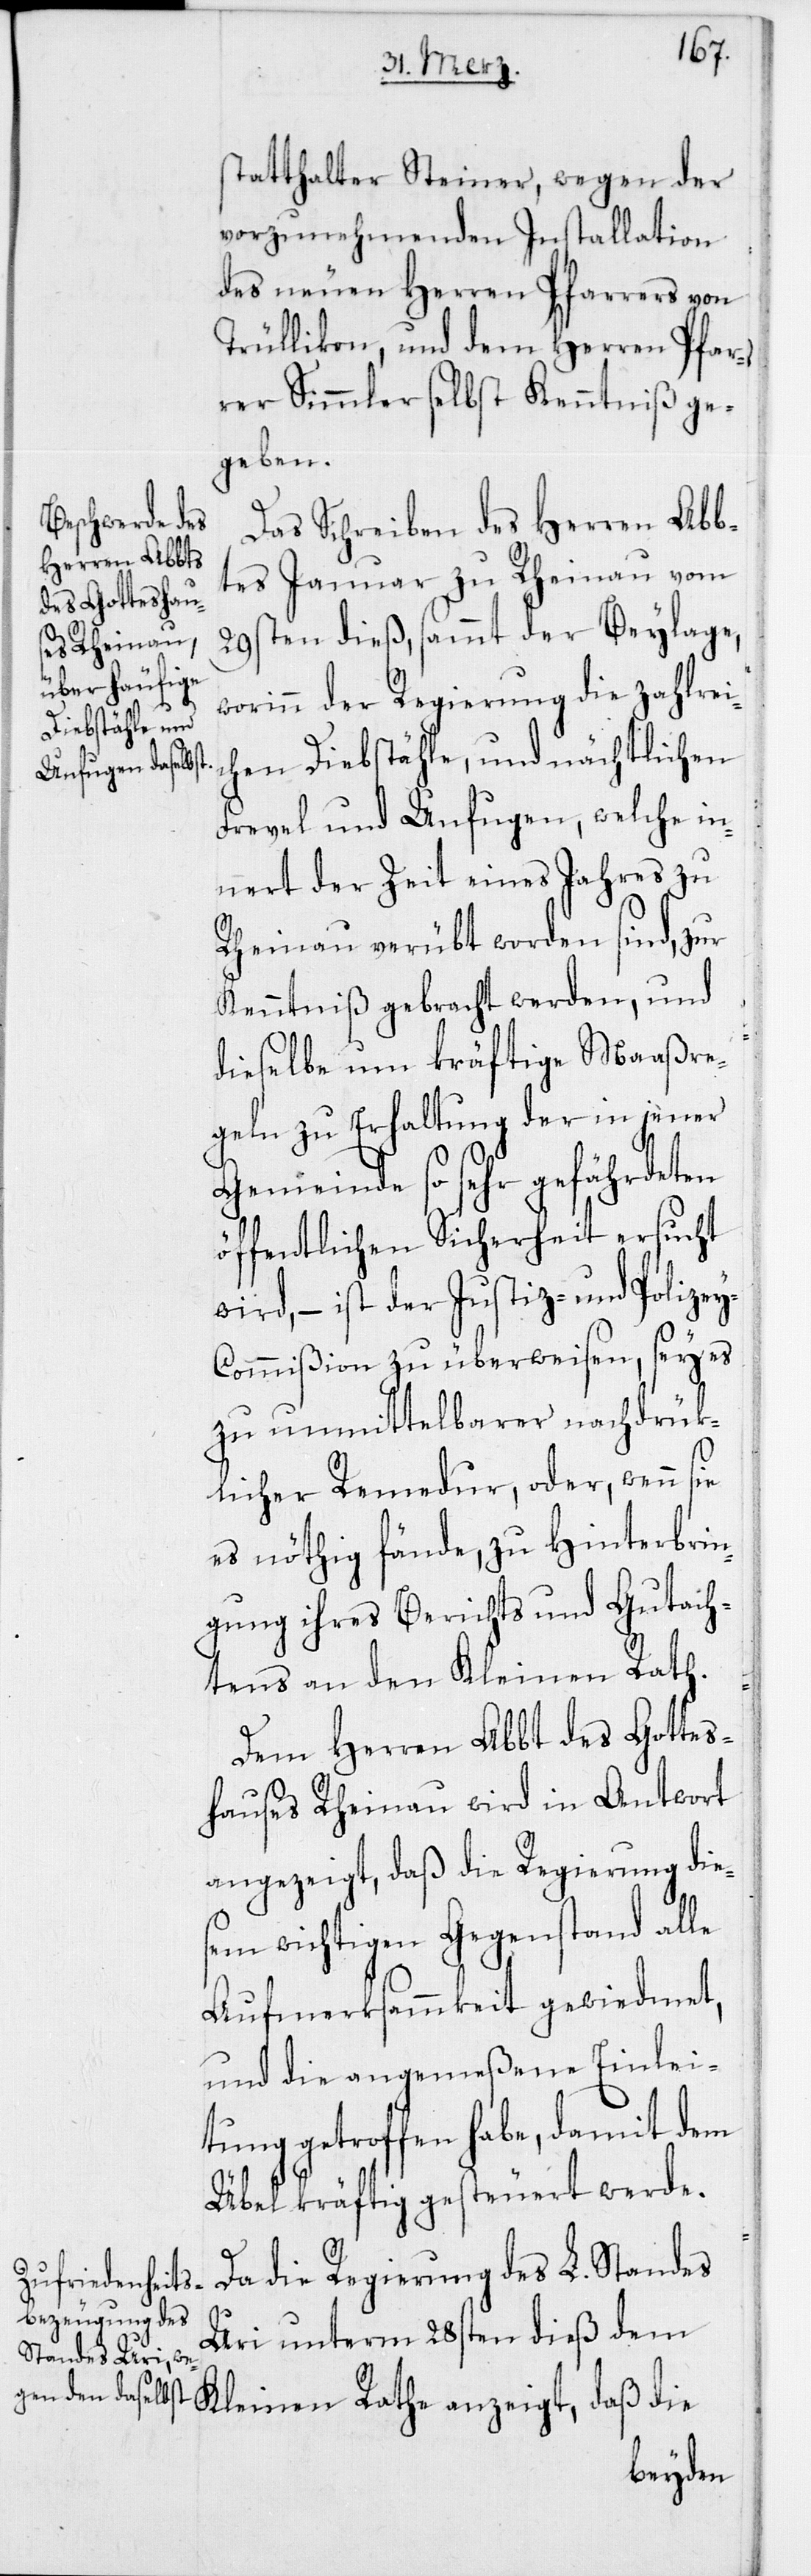
statthalter Steiner, wegen der
vorzunehmenden Installation
des neuen Herren Pfarrers von
Trüllikon, und dem Herren Pfar¬
rer Simmler selbst Kenntniß ge¬
geben.
Das Schreiben des Herren Abb¬
tes Januar zu Rheinau vom
29sten dieß, sammt der Beylage,
worinn der Regierung die zahlrei¬
chen Diebstähle, und nächtlichen
Frevel und Unfugen, welche in¬
nert der Zeit eines Jahres zu
Rheinau verübt worden sind, zur
Kenntniß gebracht werden, und
dieselbe um kräftige Maaßre¬
geln zu Erhaltung der in jener
Gemeinde so sehr gefährdeten
öffentlichen Sicherheit ersucht
wird, – ist der Justiz- und Polize¬
y-Commißion zu überweisen, sey es
zu unmittelbarer nachdrük¬
licher Remedur, oder, wenn sie
es nöthig fände, zu Hinterbrin¬
gung ihres Berichts und Gutach¬
tens an den Kleinen Rath.
Dem Herren Abbt des Gottes¬
hauses Rheinau wird in Antwort
angezeigt, daß die Regierung dies¬
em wichtigen Gegenstand alle
Aufmerksammkeit gewiedmet,
und die angemeßene Einlei¬
tung getroffen habe, damit dem
Übel kräftig gesteuert werde.
Da die Regierung des L. Standes
Uri unterm 28sten dieß dem